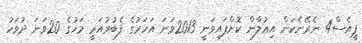
ޕީއެސް4 ނެރޭނެކަން އިޢުލާން ކޮށްފައިވަނީ 2013ވަނަ އަހަރުގެ ފެބުރުއަރީ މަހުގެ 20ވަނަ ދުވަހު